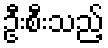
ဦးစီးသည့်